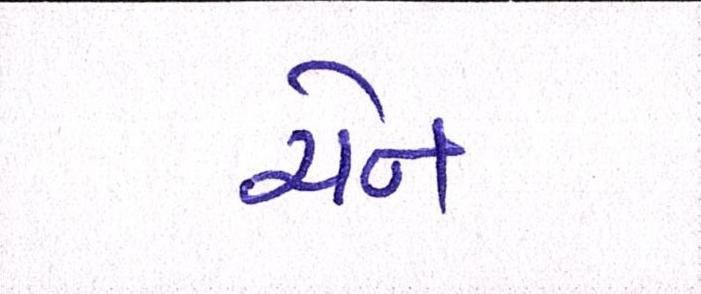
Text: ચેન